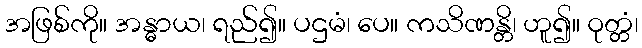
အဖြစ်ကို။ အန္ဓာယ၊ ရည်၍။ ပဌမံ၊ ပေ။ ကသိဏန္တိ၊ ဟူ၍။ ဝုတ္တံ၊